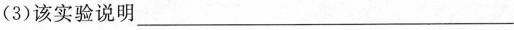
(3)该实验说明___